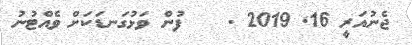
ޖެނުއަރީ 16